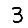
Digit: 3